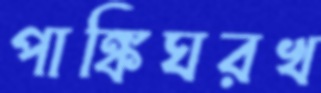
পাঙ্কিঘরখ